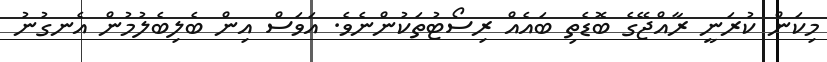
މިކަން ކުރަނީ ރާއްޖޭގެ ބޮޑެތި ބައެއް ރިސޯޓުތަކުންނެވެ. އަވަސް އިން ބެލިބެލުމުން އެނގުނު